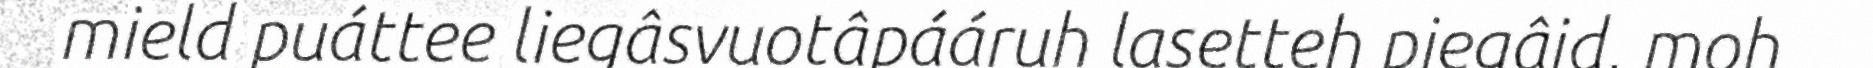
mield puáttee liegâsvuotâpááruh lasetteh piegâid, moh